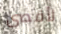
لأقصى